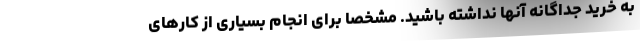
به خرید جداگانه آنها نداشته باشید. مشخصا برای انجام بسیاری از کارهای